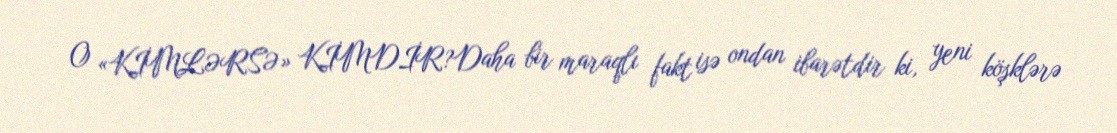
O «KİMLƏRSƏ» KİMDİR?Daha bir maraqlı fakt isə ondan ibarətdir ki, yeni köşklərə